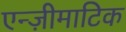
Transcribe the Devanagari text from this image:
एन्ज़ीमाटिक